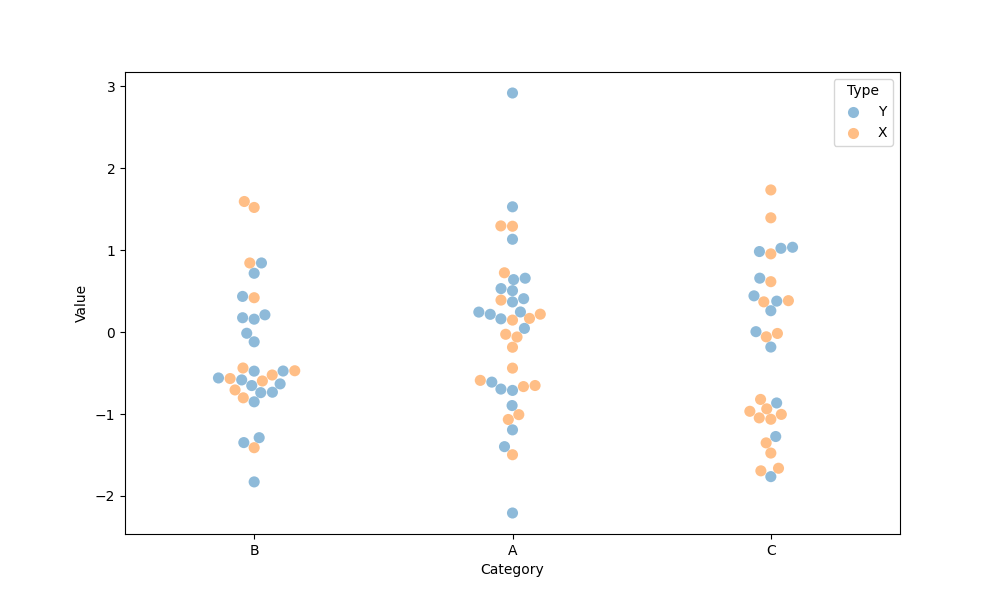
python, seaborn, swarmplot, dodge=False, alpha=0.5, size=8